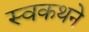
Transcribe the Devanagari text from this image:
स्वकथने